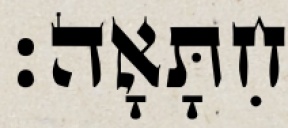
חִתָּאָה׃